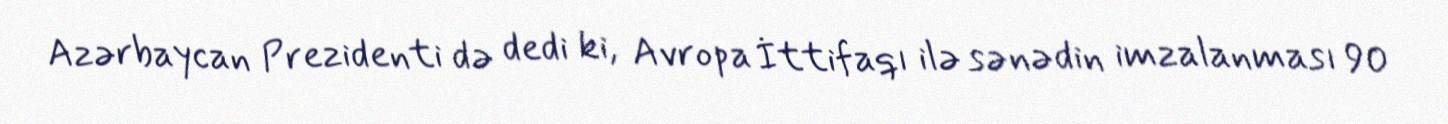
Azərbaycan Prezidenti də dedi ki, Avropa İttifaqı ilə sənədin imzalanması 90